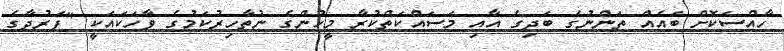
ހާއްސަކޮށް ބައެއް ތަންނުގެ ބަދިގެ އާއި މަސައްކަތްކުރާ މީހުންގެ ނުތާހިރުކަމުގެ ވާހަކައަކީ "ފަރުދާގެ